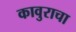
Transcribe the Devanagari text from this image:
कावुराचा